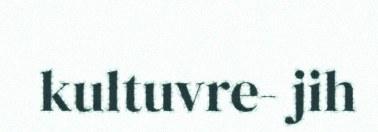
kultuvre- jih